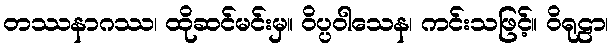
တဿနာဂဿ၊ ထိုဆင်မင်းမှ။ ဝိပ္ပဝါသေန၊ ကင်းသဖြင့်။ ဝိရုဠာ၊